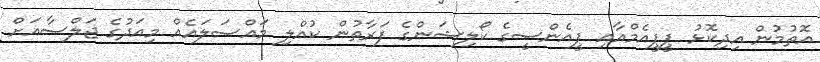
އޮތުމުން އިދިކޮޅު ޕީޕީއެމްއާއި ޕީއެންސީގެ ކޯލިޝަންގެ ފަރާތުން ކުއްލި މައްސަލައެއް މިއަދުގެ ޖަލްސާއަށް